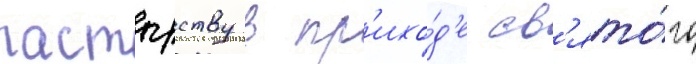
пастырству в пр'ихо́д'е св'ято́го